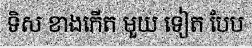
ទិស ខាងកើត មួយ ទៀត បែប